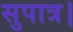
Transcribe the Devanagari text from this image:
सुपात्र।